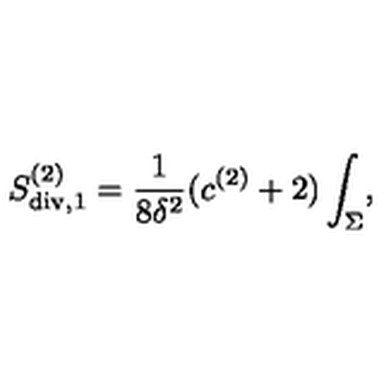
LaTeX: S _ { \mathrm { d i v } , 1 } ^ { ( 2 ) } = { \frac { 1 } { 8 \delta ^ { 2 } } } ( c ^ { ( 2 ) } + 2 ) \int _ { \Sigma } ,